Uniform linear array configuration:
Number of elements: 4
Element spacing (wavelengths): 1
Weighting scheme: blackman
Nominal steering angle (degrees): -45
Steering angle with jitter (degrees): -46.15
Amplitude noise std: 0.05
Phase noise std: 0.05

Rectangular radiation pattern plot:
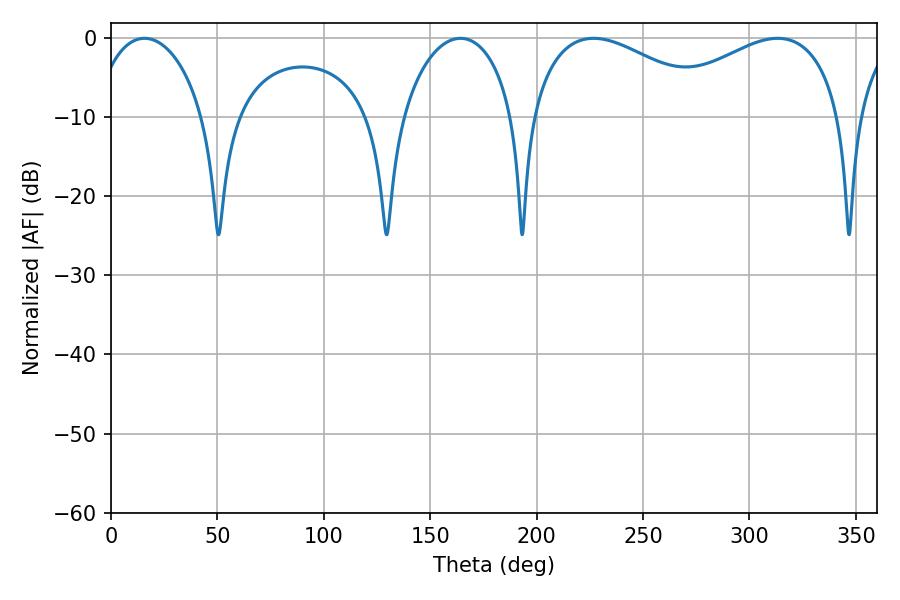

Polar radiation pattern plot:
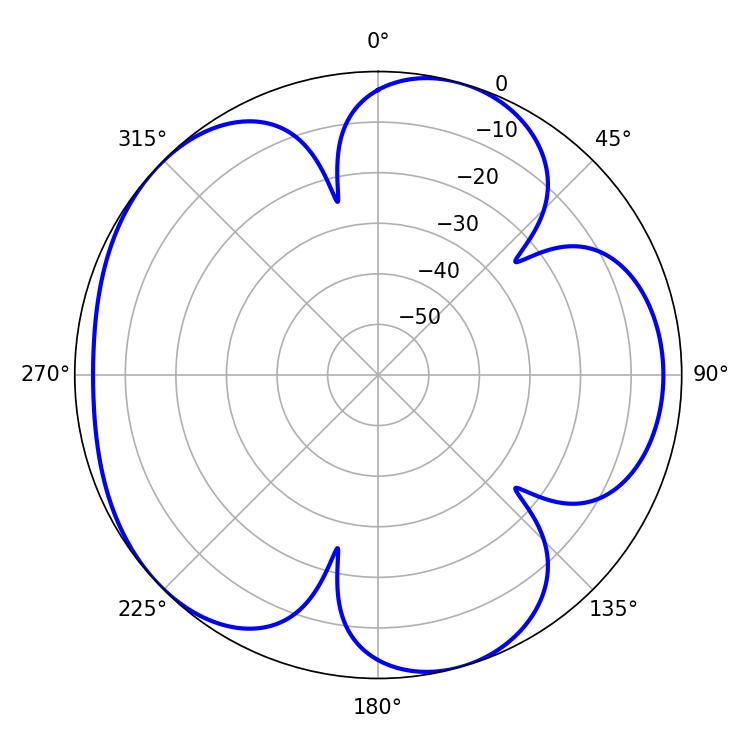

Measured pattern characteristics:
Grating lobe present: TRUE
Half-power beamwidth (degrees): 49.5
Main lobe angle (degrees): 226.8